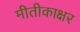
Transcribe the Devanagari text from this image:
मीतीकाक्षर